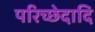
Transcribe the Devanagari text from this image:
परिच्छेदादि